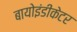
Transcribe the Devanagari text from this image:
बायोइंडीकेटर